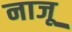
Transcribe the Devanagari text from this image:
नाजू